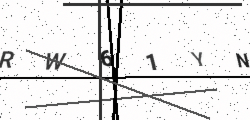
Text: RW61YN